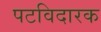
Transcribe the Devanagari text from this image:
पटविदारक